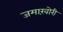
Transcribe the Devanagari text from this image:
जमाख़ोरी